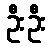
ဦးဦး